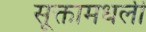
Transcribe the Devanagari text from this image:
सूक्तामधली